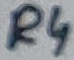
Text: R4